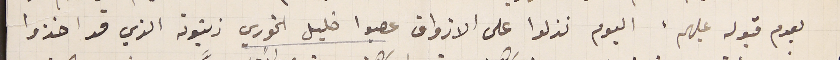
بعدم قبوله عليهم ، اليوم نزلوا على الازواق عصبوا خليل الخوري زيتونه الذي قد اخذوا